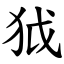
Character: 狘